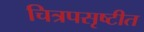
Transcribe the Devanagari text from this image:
चित्रपसृष्टीत